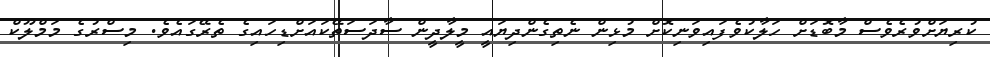
ކުރިޔަށްވުރެވެސް މާބޮޑަށް ހަލާކުވެފައިވަނިކޮށް މުޅިން ނެތިގެންދިޔައީ މީލާދީން ސާދަސަތޭކައަށްޑިހައިގެ ތެރޭގައެވެ. މިސްރުގެ މަމްލޫކް